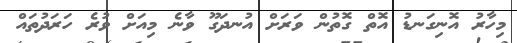
މިހާރު އޮނިގަނޑު އޮތް ގޮތުން ވަރަށް އުނދަގޫ ވާނެ މިއަށް ވުރެ ހަރަދުތައް